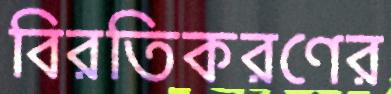
বিরতিকরণের